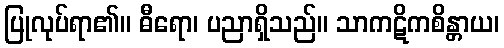
ပြုလုပ်ရာ၏။ ဓီရော၊ ပညာရှိသည်။ သာကဋိကစိန္တာယ၊